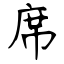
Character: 席